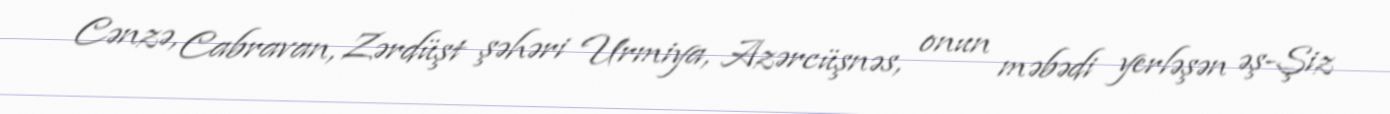
Cənzə, Cabravan, Zərdüşt şəhəri Urmiya, Azərcüşnəs, onun məbədi yerləşən əş-Şiz